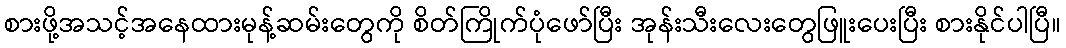
စားဖို့အသင့်အနေထားမုန့်ဆမ်းတွေကို စိတ်ကြိုက်ပုံဖော်ပြီး အုန်းသီးလေးတွေဖြူးပေးပြီး စားနိုင်ပါပြီ။